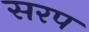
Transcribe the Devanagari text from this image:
सरप